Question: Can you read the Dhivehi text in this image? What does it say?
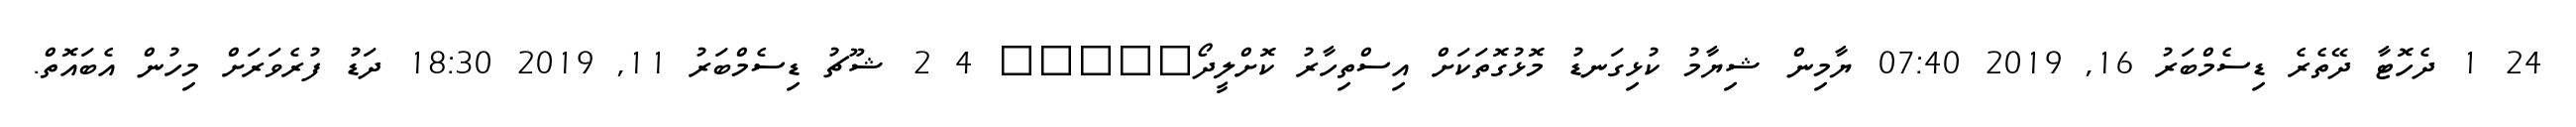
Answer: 24 1 ދެހޮޓާ ދޭތެރެ ޑިސެމްބަރު 16, 2019 07:40 ޔާމިން ޝިޔާމު ކުޅިގަނޑު މޮޅުގޮތަކަށް އިސްތިހާރު ކޮށްލީދޯ????? 4 2 ޝޫޗު ޑިސެމްބަރު 11, 2019 18:30 ދަޑު ފުރެވަރަށް މިހުން އެބައޮތް.